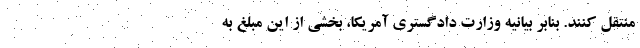
منتقل کنند. بنابر بیانیه وزارت دادگستری آمریکا، بخشی از این مبلغ به